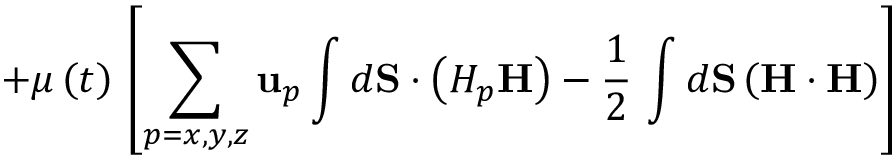
+ \mu \left( t \right) \, \left[ \sum _ { p = x , y , z } \mathbf { u } _ { p } \int d \mathbf { S } \cdot \left( H _ { p } \mathbf { H } \right) - \frac { 1 } { 2 } \, \int d \mathbf { S } \left( \mathbf { H } \cdot \mathbf { H } \right) \right]